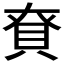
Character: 𮙺